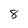
Character: 8